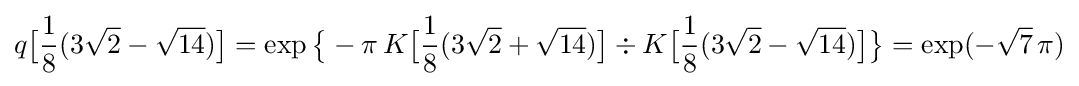
q{\bigl [}{\frac {1}{8}}(3{\sqrt {2}}-{\sqrt {14}}){\bigr ]}=\exp {\bigl \{}-\pi \,K{\bigl [}{\frac {1}{8}}(3{\sqrt {2}}+{\sqrt {14}}){\bigr ]}\div K{\bigl [}{\frac {1}{8}}(3{\sqrt {2}}-{\sqrt {14}}){\bigr ]}{\bigr \}}=\exp(-{\sqrt {7}}\,\pi )